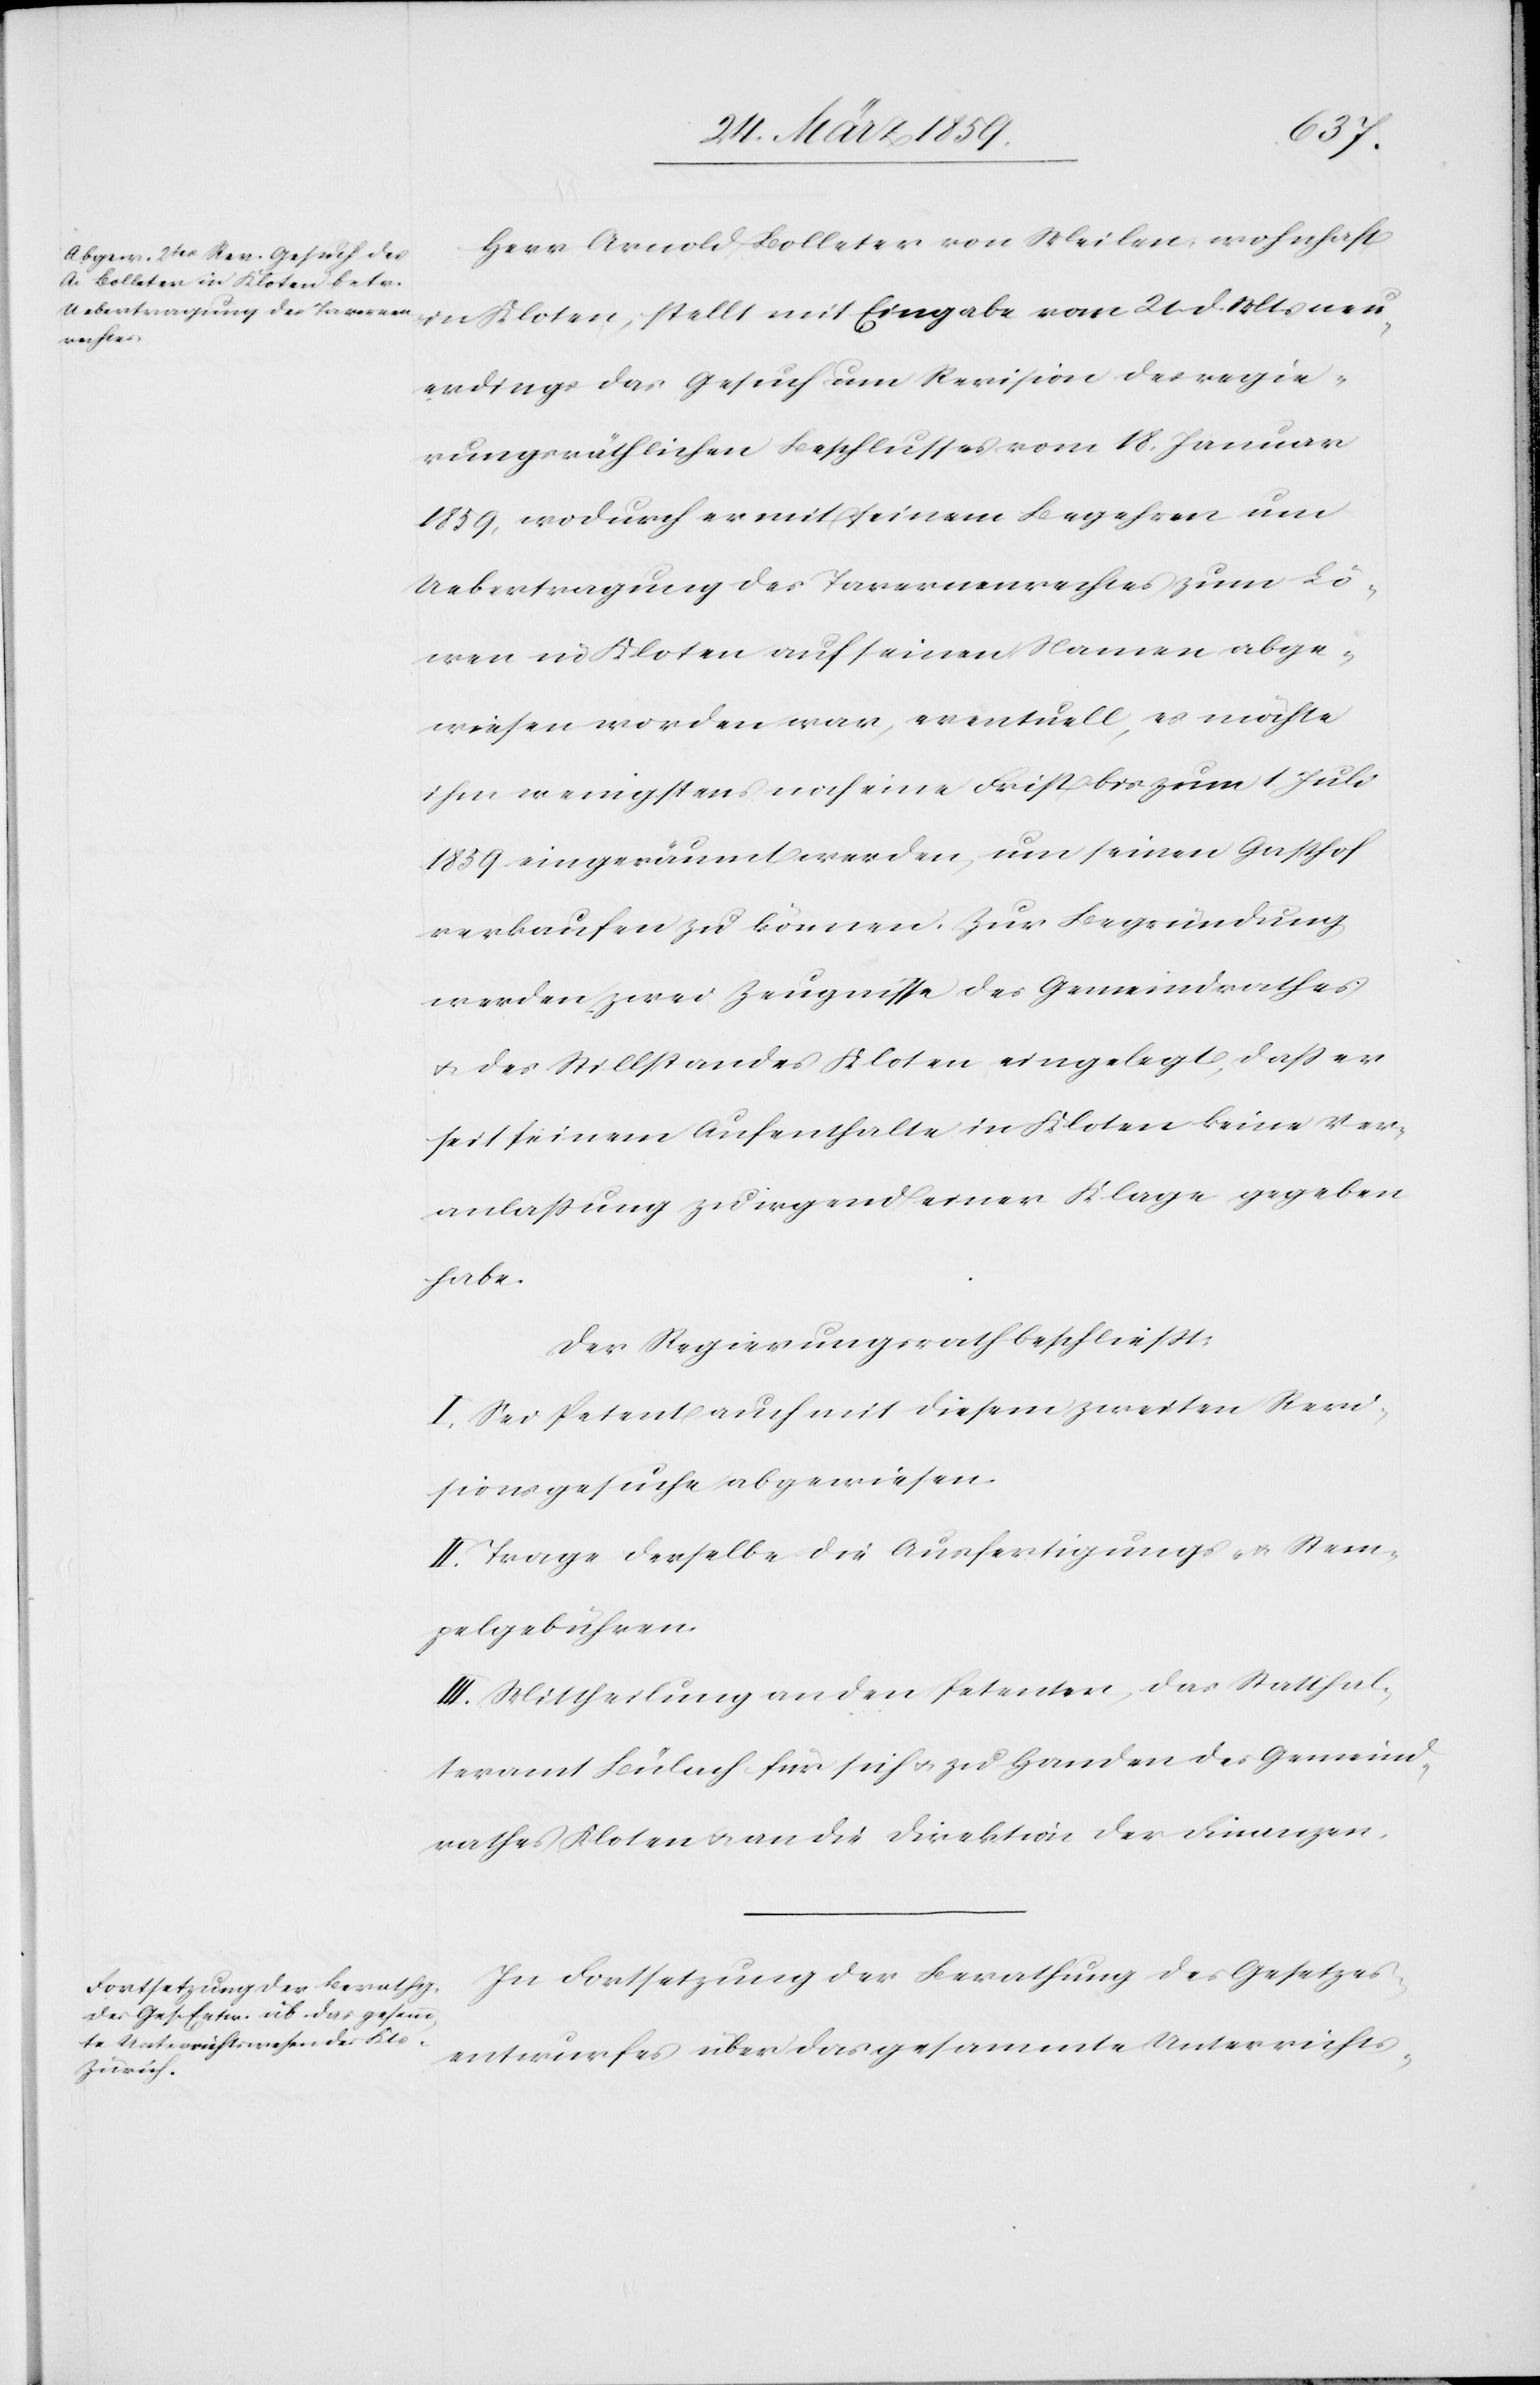
Herr Arnold Bolleter von Meilen, wohnhaft
in Kloten, stellt mit Eingabe vom 21. d. Mts neu¬
erdings das Gesuch um Revision des regie¬
rungsräthlichen Beschlusses vom 18. Januar
1859, wodurch er mit seinem Begehren um
Uebertragung des Tavernenrechtes zum Lö¬
wen in Kloten auf seinen Namen abge¬
wiesen worden war, eventuell, es möchte
ihm wenigstens noch eine Frist bis zum 1. Juli
1859 eingeräumt werden, um seinen Gasthof
verkaufen zu können. Zur Begründung
werden zwei Zeugnisse des Gemeindrathes
u. des Stillstandes Kloten eingelegt, daß er
seit seinem Aufenthalte in Kloten keine Ver¬
anlaßung zu irgend einer Klage gegeben
habe.
Der Regierungsrath beschließt:
I. Sei Petent auch mit diesem zweiten Revi¬
sionsgesuche abgewiesen.
II. Trage derselbe die Ausfertigungs- u. Stem¬
pelgebühren.
III. Mittheilung an den Petenten, das Statthal¬
teramt Bülach für sich u. zu Handen des Gemeind¬
rathes Kloten u. an die Direktion der Finanzen.
In Fortsetzung der Berathung des Gesetzes¬
entwurfes über das gesammte Unterrichts-